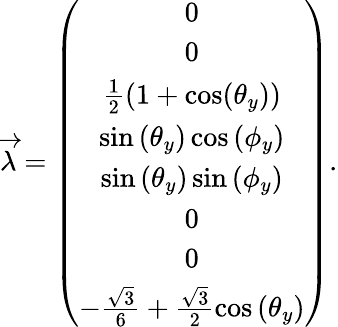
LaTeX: \begin{array}{r}{\overrightarrow{\lambda}=\left(\begin{array}{c}{0}\\ {0}\\ {\frac{1}{2}\left(1+\cos(\theta_{y})\right)}\\ {\sin\left(\theta_{y}\right)\cos\left(\phi_{y}\right)}\\ {\sin\left(\theta_{y}\right)\sin\left(\phi_{y}\right)}\\ {0}\\ {0}\\ {-\frac{\sqrt{3}}{6}+\frac{\sqrt{3}}{2}\cos\left(\theta_{y}\right)}\end{array}\right).}\end{array}